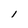
Character: l